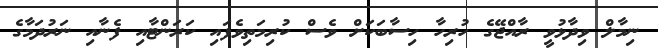
ނިމާލް ވިދާޅުވީ ރާއްޖޭގެ ހުރިހާ ހިސާބަކަށް ވެސް ކުރިމަތިވެފައި ކަރަންޓާއި ފެނާއި ނަރުދަމާގެ